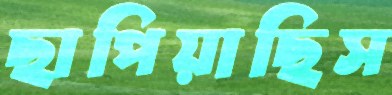
ছাপিয়াছিস